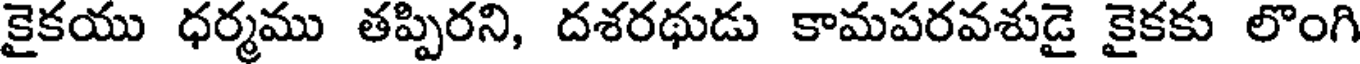
కైకయు ధర్మము తప్పిరని, దశరథుడు కామపరవశుడై కైకకు లొంగి